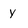
Character: y